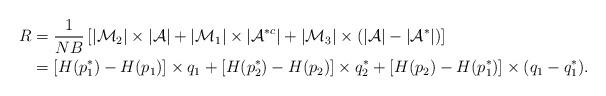
LaTeX: \begin{align*}R &=\frac{1}{NB}\left[|\mathcal{M}_2|\times|\mathcal{A}| +|\mathcal{M}_1|\times|\mathcal{A}^{*c}|+|\mathcal{M}_3|\times(|\mathcal{A}|-|\mathcal{A}^*|)\right]\\ &=[H(p_1^*)-H(p_1)]\times q_1 +[H(p_2^*)-H(p_2)]\times q_2^*+[H(p_2)-H(p_1^*)]\times(q_1- q_1^*).\end{align*}